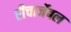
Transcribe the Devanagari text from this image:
रीचार्जेबल